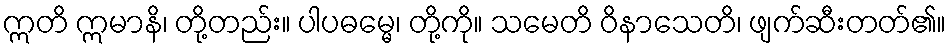
ဣတိ ဣမာနိ၊ တို့တည်း။ ပါပဓမ္မေ၊ တို့ကို။ သမေတိ ဝိနာသေတိ၊ ဖျက်ဆီးတတ်၏။